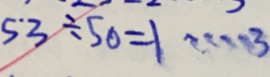
5 ^ { \cdot } 3 \div 5 0 = 1 \cdots 3